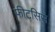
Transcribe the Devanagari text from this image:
फीटसिस